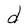
Character: d